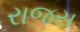
રાજસ